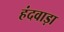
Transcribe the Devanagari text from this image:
हंदवाड़ा